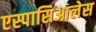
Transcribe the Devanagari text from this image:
एस्पासिआलेस